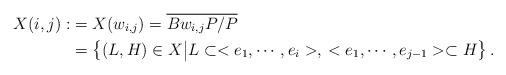
LaTeX: \begin{align*}X(i,j) :&= X(w_{i,j})= \overline{Bw_{i,j} P/P} \\ &=\left\{ (L,H) \in X \bigr\rvert L\subset <e_1, \cdots, e_i>,\: <e_1, \cdots, e_{j-1}> \subset H \right\}.\end{align*}